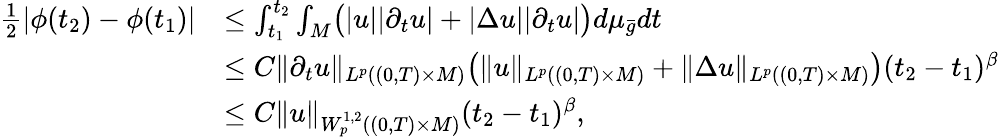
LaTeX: \begin{array}{rl}{\frac{1}{2}|\phi(t_{2})-\phi(t_{1})|}&{\le\int_{t_{1}}^{t_{2}}\int_{M}\bigl(|u||\partial_{t}u|+|\Delta u||\partial_{t}u|\bigr)d\mu_{\bar{g}}dt}\\ &{\le C\| \partial_{t}u\| _{L^{p}((0,T)\times M)}\bigl(\| u\| _{L^{p}((0,T)\times M)}+\| \Delta u\| _{L^{p}((0,T)\times M)}\bigr)(t_{2}-t_{1})^{\beta}}\\ &{\le C\| u\| _{W_{p}^{1,2}((0,T)\times M)}(t_{2}-t_{1})^{\beta},}\end{array}